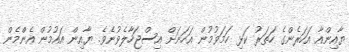
ޔާއިންއާ އަހަރެންގެ ހަތަރު ކަޅި ހަމަވުމުން އަހަނަށް އިސްޖަހާލެވުނެވެ. ޔާއިން އައުމުން އެންްމެން